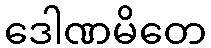
ဒေါဏမိတေ